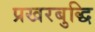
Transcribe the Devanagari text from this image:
प्रखरबुद्धि